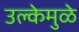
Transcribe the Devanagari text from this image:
उल्केमुळे